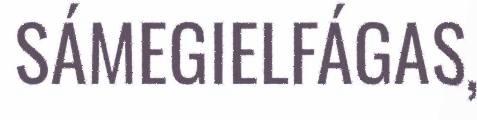
SÁMEGIELFÁGAS,